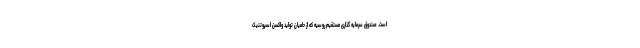
است. صندوق سرمایه گذاری مستقیم روسیه که از حامیان تولید واکسن اسپوتنیک